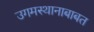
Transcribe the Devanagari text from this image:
उगमस्थानाबाबत